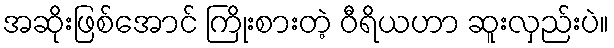
အဆိုးဖြစ်အောင် ကြိုးစားတဲ့ ဝီရိယဟာ ဆူးလှည်းပဲ။